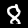
Label: 8